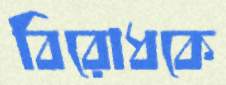
বিরোধকে